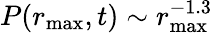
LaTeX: P(r_{\operatorname*{max}},t)\sim r_{\operatorname*{max}}^{-1.3}